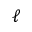
\ell